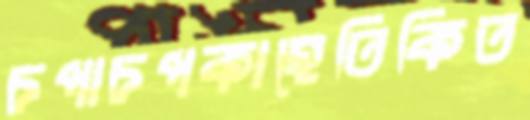
চপাচপকাহেতিকিত